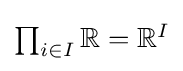
{\textstyle \prod _{i\in I}\mathbb {R} =\mathbb {R} ^{I}}